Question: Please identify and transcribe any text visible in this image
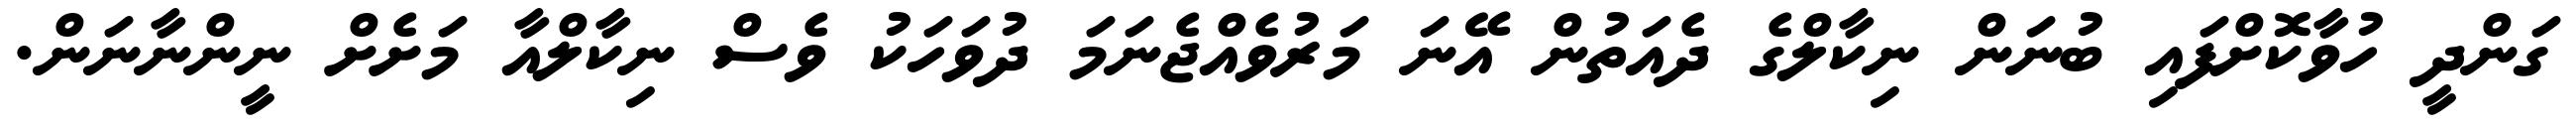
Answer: ގަންދީ ހުވާކޮށްފައި ބުނަން ނިކާލްގެ ދެއަތުން އޭނަ މަރުވެއްޖެނަމަ ދުވަހަކު ވެސް ނިކާލްއާ މަށެށް ނީންނާނަން.